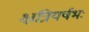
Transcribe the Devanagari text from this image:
क्षत्रियर्षभः